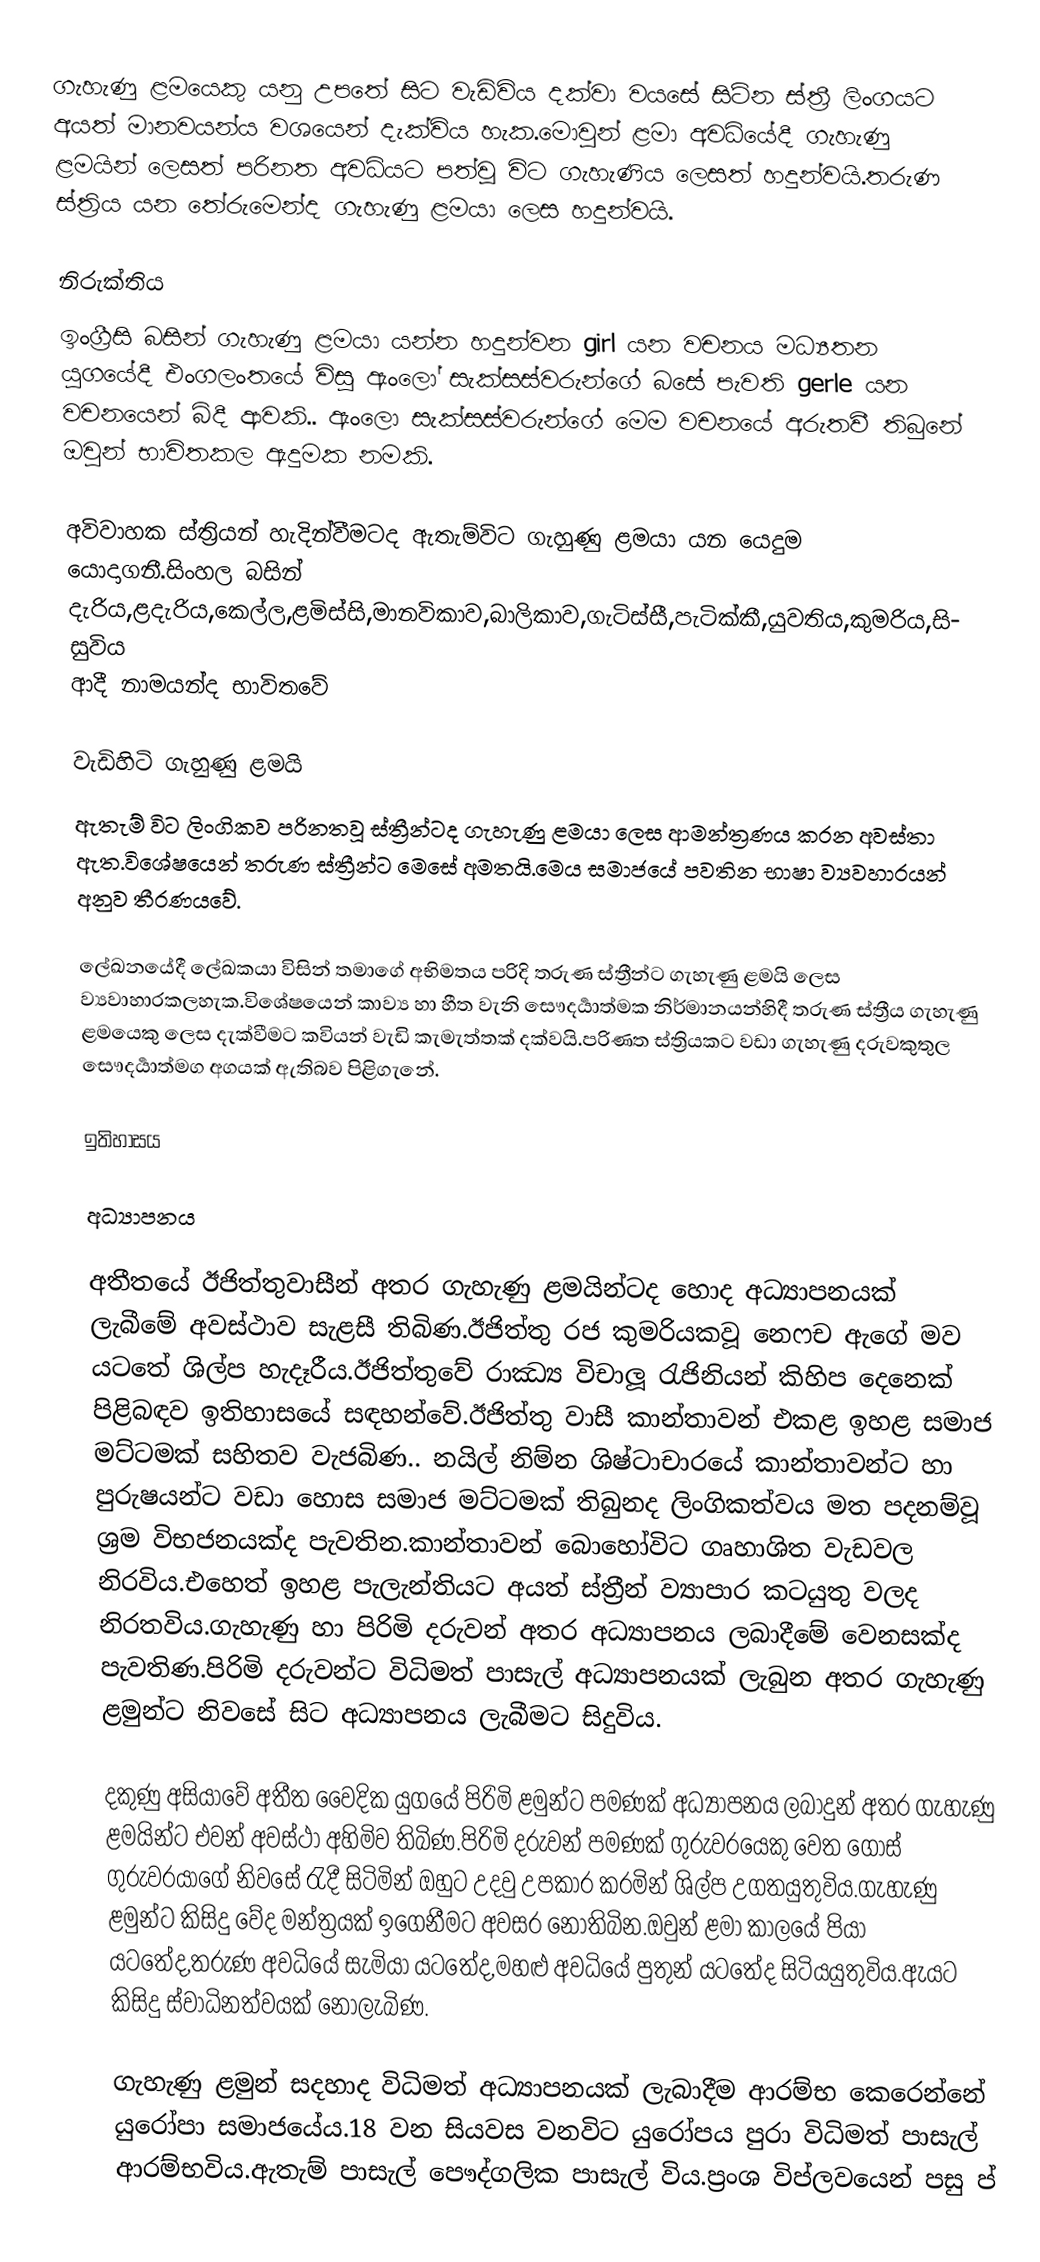
ගැහැණු ළමයෙකු යනු උපතේ සිට වැඩිවිය දක්වා වයසේ සිටින  ස්ත්‍රී ලිංගයට අයත් මානවයන්ය වශයෙන් දැක්විය හැක.මොවුන් ළමා අවධියේදී ගැහැණු ළමයින් ලෙසත් පරිනත අවධියට පත්වූ විට ගැහැණිය ලෙසත් හදුන්වයි.තරුණ ස්ත්‍රිය යන තේරුමෙන්ද ගැහැණු ළමයා ලෙස හදුන්වයි.

නිරුක්තිය
ඉංග්‍රීසි බසින් ගැහැණු ළමයා යන්න හදුන්වන girl යන වචනය මධ්‍යතන යුගයේදී එංගලංතයේ විසූ ඇංලෝ සැක්සස්වරුන්ගේ බසේ පැවති gerle යන වචනයෙන් බිදී ආවකි.. ඇංලො සැක්සස්වරුන්ගේ මෙම වචනයේ අරුතවී තිබුනේ ඔවුන් භාවිතකල ඇදුමක නමකි.

අවිවාහක ස්ත්‍රියන් හැදින්වීමටද ඇතැම්විට ගැහුණු ළමයා යන යෙදුම යොදාගනී.සිංහල බසින් දැරිය,ළදැරිය,කෙල්ල,ළමිස්සි,මානවිකාව,බාලිකාව,ගැටිස්සී,පැටික්කී,යුවතිය,කුමරිය,සිසුවිය ආදී නාමයන්ද භාවිතවේ

වැඩිහිටි ගැහුණු ළමයි
ඇතැම් විට ලිංගිකව පරිනතවූ ස්ත්‍රීන්ටද ගැහැණු ළමයා ලෙස ආමන්ත්‍රණය කරන අවස්තා ඇත.විශේෂයෙන් තරුණ ස්ත්‍රීන්ට මෙසේ අමතයි.මෙය සමාජයේ පවතින භාෂා ව්‍යවහාරයන් අනුව තීරණයවේ.

ලේඛනයේදී ලේඛකයා විසින් තමාගේ අභිමතය පරිදි තරුණ ස්ත්‍රීන්ට ගැහැණු ළමයි ලෙස ව්‍යවාහාරකලහැක.විශේෂයෙන් කාව්‍ය හා හීත වැනි සෞදර්‍යාත්මක නිර්මානයන්හිදී තරුණ ස්ත්‍රීය ගැහැණු ළමයෙකු ලෙස දැක්වීමට කවියන් වැඩි කැමැත්තක් දක්වයි.පරිණත ස්ත්‍රියකට වඩා ගැහැණු දරුවකුතුල සෞදර්‍යාත්මග අගයක් ඇතිබව පිළිගැනේ.

ඉතිහාසය

අධ්‍යාපනය

අතීතයේ ඊජිත්තුවාසීන් අතර ගැහැණු ළමයින්ටද හොද අධ්‍යාපනයක් ලැබීමේ අවස්ථාව සැළසී තිබිණ.ඊජිත්තු රජ කුමරියකවූ නෙෆච ඇගේ මව යටතේ ශිල්ප හැදෑරීය.ඊජිත්තුවේ රාඣ්‍ය විචාලූ රැජිනියන් කිහිප දෙනෙක් පිළිබඳව ඉතිහාසයේ සඳහන්වේ.ඊජිත්තු වාසී කාන්තාවන් එකළ ඉහළ සමාජ මට්ටමක් සහිතව වැජබිණ.. නයිල් නිම්න ශිෂ්ටාචාරයේ කාන්තාවන්ට හා පුරුෂයන්ට වඩා හොස සමාජ මට්ටමක් තිබුනද ලිංගිකත්වය මත පදනම්වූ ශ්‍රම විභජනයක්ද පැවතින.කාන්තාවන් බොහෝවිට ගෘහාශිත වැඩවල නිරවිය.එහෙත් ඉහළ පැලැන්තියට අයත් ස්ත්‍රීන් ව්‍යාපාර කටයුතු වලද නිරතවිය.ගැහැණු හා පිරිමි දරුවන් අතර අධ්‍යාපනය ලබාදීමේ වෙනසක්ද පැවතිණ.පිරිමි දරුවන්ට විධිමත් පාසැල් අධ්‍යාපනයක් ලැබුන අතර ගැහැණු ළමුන්ට නිවසේ සිට අධ්‍යාපනය ලැබීමට සිදුවිය.

දකුණු අසියාවේ අතීත වෛදික යුගයේ පිරිමි ළමුන්ට පමණක් අධ්‍යාපනය ලබාදුන් අතර ගැහැණු ළමයින්ට එවන් අවස්ථා අහිමිව තිබිණ.පිරිමි දරුවන් පමණක් ගුරුවරයෙකු වෙත ගොස් ගුරුවරයාගේ නිවසේ රැදී සිටිමින් ඔහුට උදවු උපකාර කරමින් ශිල්ප උගතයුතුවිය.ගැහැණු ළමුන්ට කිසිදු වේද මන්ත්‍රයක් ඉගෙනීමට අවසර නොතිබින.ඔවුන් ළමා කාලයේ පියා යටතේද,තරුණ අවධියේ සැමියා යටතේද,මහළු අවධියේ පුතුන් යටතේද සිටියයුතුවිය.ඇයට කිසිදු ස්වාධිනත්වයක් නොලැබිණ.

ගැහැණු ළමුන් සදහාද විධිමත් අධ්‍යාපනයක් ලැබාදීම ආරම්භ කෙරෙන්නේ යුරෝපා සමාජයේය.18 වන සියවස වනවිට යුරෝපය පුරා විධිමත් පාසැල් ආරම්භවිය.ඇතැම් පාසැල් පෞද්ගලික පාසැල් විය.ප්‍රංශ විප්ලවයෙන් පසු ප්‍